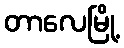
တာလေမြို့